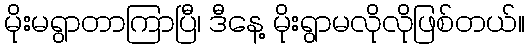
မိုးမရွာတာကြာပြီ၊ ဒီနေ့ မိုးရွာမလိုလိုဖြစ်တယ်။